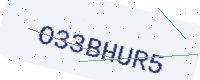
Text: O33BHUR5